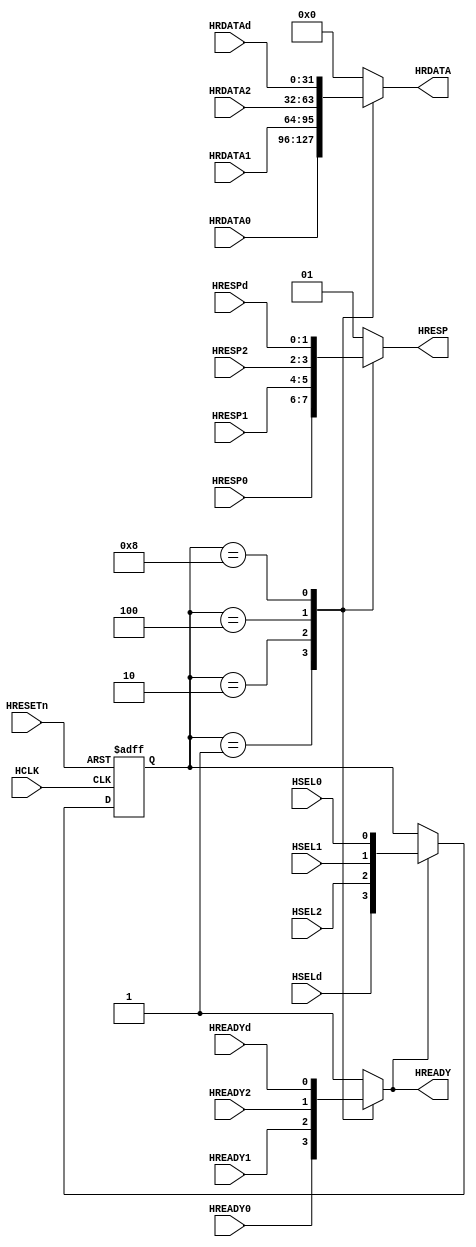
/*********************************************************
 * Copyright (c) 2007 by Ando Ki.
 * All right reserved.
 *
 * http://www.dynalith.com
 * adki@dynalith.com
 *********************************************************/
/* AMBA AHB Slave-to-Master Mux
 */
`timescale 1ns/1ns

module ahb_s2m_s3 (
       input   wire        HRESETn
     , input   wire        HCLK
     , input   wire        HSEL0
     , input   wire        HSEL1
     , input   wire        HSEL2
     , input   wire        HSELd
     , output  reg  [31:0] HRDATA
     , output  reg  [1:0]  HRESP
     , output  reg         HREADY
     , input   wire [31:0] HRDATA0
     , input   wire [1:0]  HRESP0
     , input   wire        HREADY0
     , input   wire [31:0] HRDATA1
     , input   wire [1:0]  HRESP1
     , input   wire        HREADY1
     , input   wire [31:0] HRDATA2
     , input   wire [1:0]  HRESP2
     , input   wire        HREADY2
     , input   wire [31:0] HRDATAd
     , input   wire [1:0]  HRESPd
     , input   wire        HREADYd
);
 /********************************************************/
  localparam D_HSEL0 = 4'b0001;
  localparam D_HSEL1 = 4'b0010;
  localparam D_HSEL2 = 4'b0100;
  localparam D_HSELd = 4'b1000;
  wire [3:0] _hsel = {HSELd,HSEL2,HSEL1,HSEL0};
  reg  [3:0] _hsel_reg;

  always @ (negedge HRESETn or posedge HCLK) begin
    if (~HRESETn)   _hsel_reg <= 'h0;
    else if(HREADY) _hsel_reg <= _hsel; // default HREADY must be 1'b1
  end

  always @ (_hsel_reg or HREADY0 or HREADY1 or HREADY2 or HREADYd) begin
    case(_hsel_reg) // synopsys full_case parallel_case
      D_HSEL0: HREADY = HREADY0; // default
      D_HSEL1: HREADY = HREADY1;
      D_HSEL2: HREADY = HREADY2;
      D_HSELd: HREADY = HREADYd;
      default: HREADY = 1'b1;
    endcase
  end

  always @ (_hsel_reg or HRDATA0 or HRDATA1 or HRDATA2 or HRDATAd) begin
    case(_hsel_reg) // synopsys full_case parallel_case
      D_HSEL0: HRDATA = HRDATA0;
      D_HSEL1: HRDATA = HRDATA1;
      D_HSEL2: HRDATA = HRDATA2;
      D_HSELd: HRDATA = HRDATAd;
      default: HRDATA = 32'b0;
    endcase
  end

  always @ (_hsel_reg or HRESP0 or HRESP1 or HRESP2 or HRESPd) begin
    case(_hsel_reg) // synopsys full_case parallel_case
      D_HSEL0: HRESP = HRESP0;
      D_HSEL1: HRESP = HRESP1;
      D_HSEL2: HRESP = HRESP2;
      D_HSELd: HRESP = HRESPd;
      default: HRESP = 2'b01; //`HRESP_ERROR;
    endcase
  end

endmodule

//-------------------------------------------------------------------
// Revision history:
//
// Jan. 05, 2010: started by Ando Ki.
//-------------------------------------------------------------------